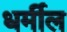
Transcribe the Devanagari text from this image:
धर्मील